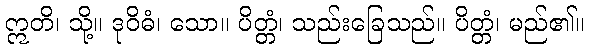
ဣတိ၊ သို့။ ဒုဝိဓံ၊ သော။ ပိတ္တံ၊ သည်းခြေသည်။ ပိတ္တံ၊ မည်၏။